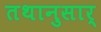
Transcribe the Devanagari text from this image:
तथानुसार्